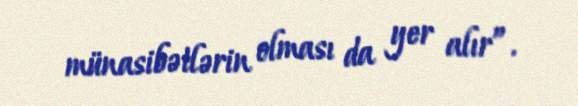
münasibətlərin olması da yer alır”.